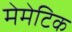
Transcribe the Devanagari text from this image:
मेमेटिक